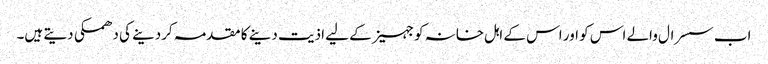
اب سسرال والے اس کو اور اس کے اہل خانہ کو جہیز کے لیے اذیت دینے کا مقدمہ کردینے کی دھمکی دیتے ہیں۔